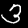
Digit: 3